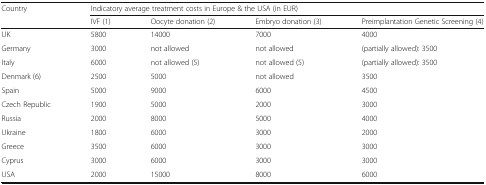
<table><thead><tr><td rowspan="2"><b>Country</b></td><td colspan="4"><b>Indicatory average treatment costs in Europe &amp; the USA (in EUR)</b></td></tr><tr><td><b>IVF (1)</b></td><td><b>Oocyte donation (2)</b></td><td><b>Embryo donation (3)</b></td><td><b>Preimplantation Genetic Screening (4)</b></td></tr></thead><tbody><tr><td>UK</td><td>5800</td><td>14000</td><td>7000</td><td>4000</td></tr><tr><td>Germany</td><td>3000</td><td>not allowed</td><td>not allowed</td><td>(partially allowed): 3500</td></tr><tr><td>Italy</td><td>6000</td><td>not allowed (5)</td><td>not allowed (5)</td><td>(partially allowed): 3500</td></tr><tr><td>Denmark (6)</td><td>2500</td><td>5000</td><td>not allowed</td><td>3500</td></tr><tr><td>Spain</td><td>5000</td><td>9000</td><td>6000</td><td>4500</td></tr><tr><td>Czech Republic</td><td>1900</td><td>5000</td><td>2000</td><td>3000</td></tr><tr><td>Russia</td><td>2000</td><td>8000</td><td>5000</td><td>4000</td></tr><tr><td>Ukraine</td><td>1800</td><td>6000</td><td>3000</td><td>2000</td></tr><tr><td>Greece</td><td>3500</td><td>6000</td><td>3000</td><td>3000</td></tr><tr><td>Cyprus</td><td>3000</td><td>6000</td><td>3000</td><td>3000</td></tr><tr><td>USA</td><td>2000</td><td>15000</td><td>8000</td><td>6000</td></tr></tbody></table>